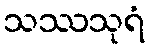
သဿသုရံ